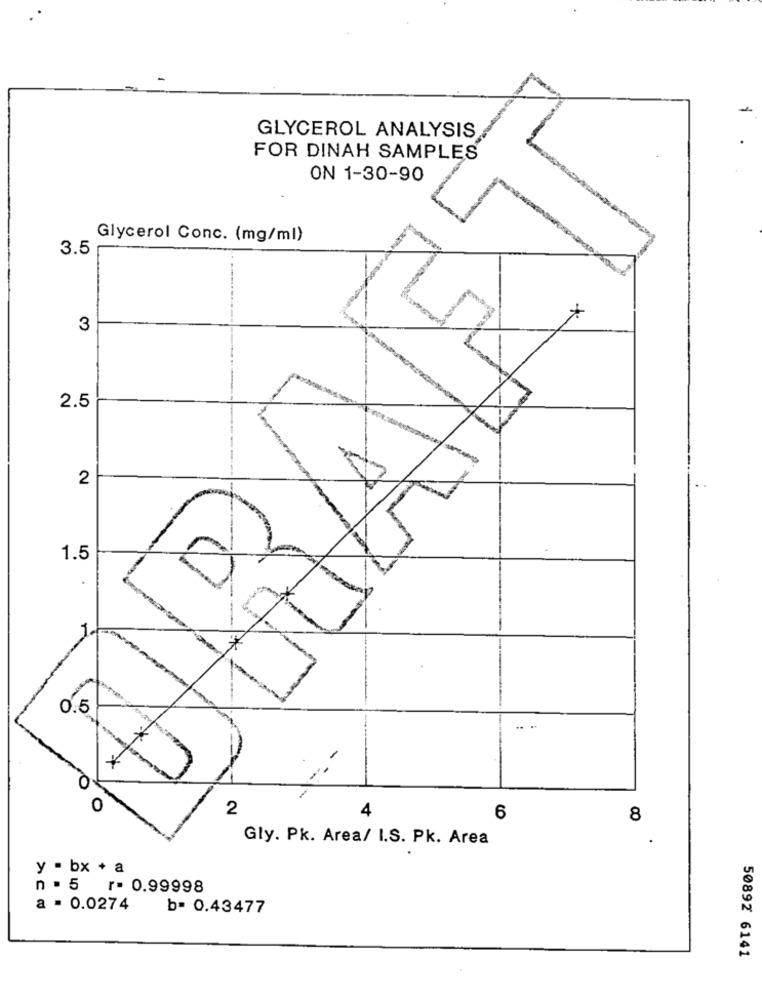
GLYCEROL ANALYSIS
FOR DINAH SAMPLES
ON 1-30-90
Glycerol Conc. (mg/ml)
3.5
3
2.5
2
1.5
0.5
....
..-
2
4
6
8
Gly. Pk. Area/ I.S. Pk. Area
.
y . bx + a
n . 5
r- 0.99998
a . 0.0274
b= 0.43477
50892 6141